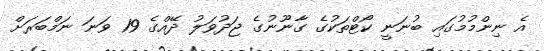
އެ ނިންމުމުގައި ބުނަނީ ކޯޓްތަކުގެ ގާނޫނުގެ ޖަދުވަލު ދޭއްގެ 19 ވަނަ ނަމްބަރަށް